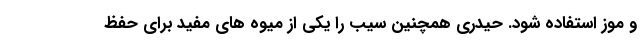
و موز استفاده شود. حیدری همچنین سیب را یکی از میوه های مفید برای حفظ